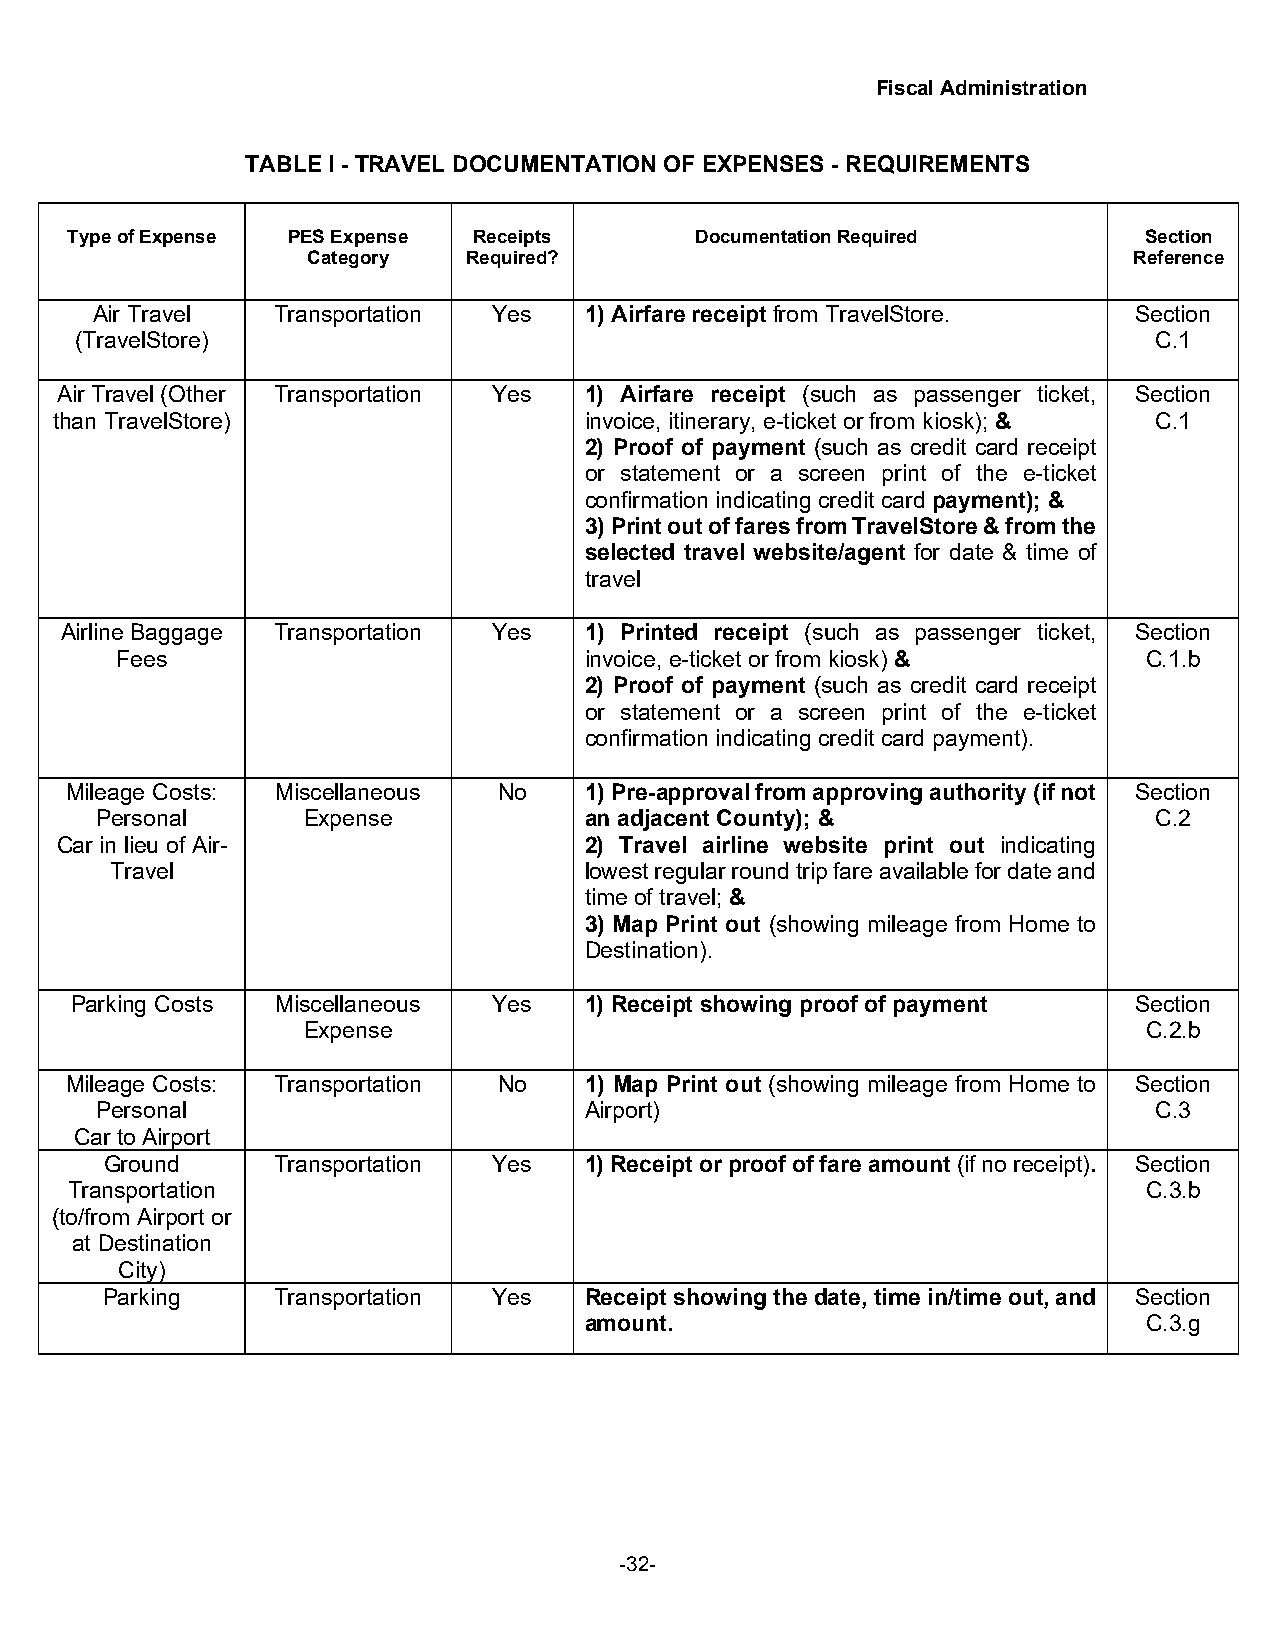
Fiscal Administration
 TABLE I - TRAVEL DOCUMENTATION OF EXPENSES - REQUIREMENTS
 Type of Expense PES Expense Receipts      Documentation Required        Section
 Category   Required?                                   Reference
 Air Travel  Transportation Yes   1) Airfare receipt from TravelStore. Section
 (TravelStore)                                                          C.1
 Air Travel (Other Transportation Yes 1) Airfare receipt (such as passenger ticket, Section
 than TravelStore)                  invoice, itinerary, e-ticket or from kiosk); & C.1
 2) Proof of payment (such as credit card receipt
 or statement or a screen print of the e-ticket
 confirmation indicating credit card payment); &
 3) Print out of fares from TravelStore & from the
 selected travel website/agent for date & time of
 travel
 Airline Baggage Transportation Yes 1) Printed receipt (such as passenger ticket, Section
 Fees                           invoice, e-ticket or from kiosk) &   C.1.b
 2) Proof of payment (such as credit card receipt
 or statement or a screen print of the e-ticket
 confirmation indicating credit card payment).
 Mileage Costs: Miscellaneous No    1) Pre-approval from approving authority (if not Section
 Personal      Expense            an adjacent County); &               C.2
 Car in lieu of Air-                2) Travel airline website print out indicating
 Travel                          lowest regular round trip fare available for date and
 time of travel; &
 3) Map Print out (showing mileage from Home to
 Destination).
 Parking Costs Miscellaneous Yes   1) Receipt showing proof of payment Section
 Expense                                                 C.2.b
 Mileage Costs: Transportation No   1) Map Print out (showing mileage from Home to Section
 Personal                         Airport)                             C.3
 Car to Airport
 Ground     Transportation Yes   1) Receipt or proof of fare amount (if no receipt). Section
 Transportation                                                          C.3.b
 (to/from Airport or
 at Destination
 City)
 Parking    Transportation Yes   Receipt showing the date, time in/time out, and Section
 amount.                              C.3.g
 -32-